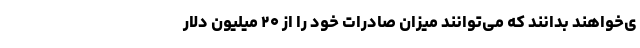
ی‌خواهند بدانند که می‌توانند میزان صادرات خود را از ۲۰ میلیون دلار